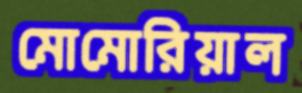
মোমোরিয়াল